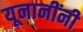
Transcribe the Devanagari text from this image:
यूनानींनी